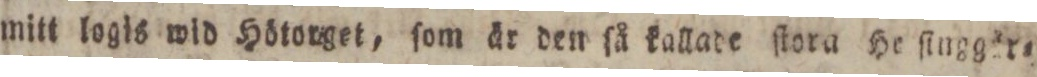
mitt logis wid Hötorget, ſom är den ſå kallade ſlora He ſingger=